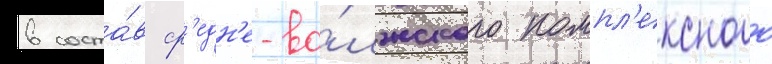
в соста́в ср'едн'е-во́лжского компл'ексного